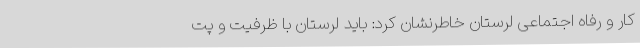
کار و رفاه اجتماعی لرستان خاطرنشان کرد: باید لرستان با ظرفیت و پت